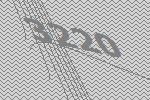
3220